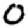
Digit: 0